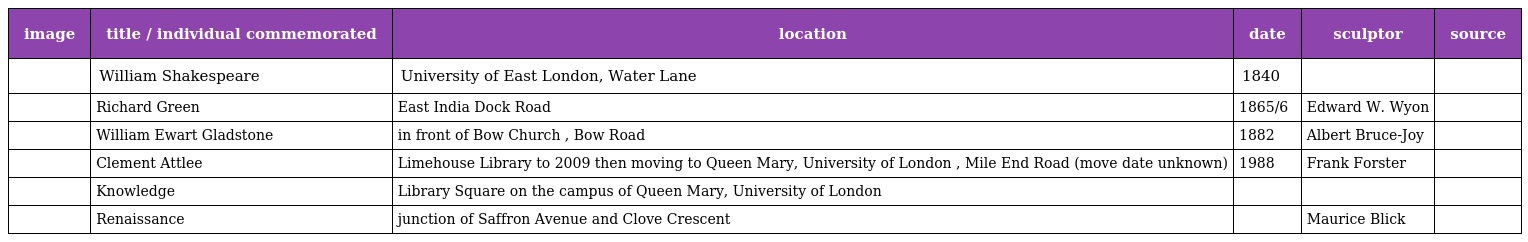
| image | title / individual commemorated | location | date | sculptor | source |
 | --- | --- | --- | --- | --- | --- |
 |  | William Shakespeare | University of East London, Water Lane | 1840 |  |  |
 |  | Richard Green | East India Dock Road | 1865/6 | Edward W. Wyon |  |
 |  | William Ewart Gladstone | in front of Bow Church , Bow Road | 1882 | Albert Bruce-Joy |  |
 |  | Clement Attlee | Limehouse Library to 2009 then moving to Queen Mary, University of London , Mile End Road (move date unknown) | 1988 | Frank Forster |  |
 |  | Knowledge | Library Square on the campus of Queen Mary, University of London |  |  |  |
 |  | Renaissance | junction of Saffron Avenue and Clove Crescent |  | Maurice Blick |  |